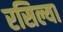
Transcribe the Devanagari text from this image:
रसिल्या